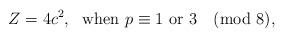
LaTeX: \begin{align*} Z=4c^2, \ \mbox{ when } p \equiv 1 \mbox{ or } 3 \pmod 8,\end{align*}